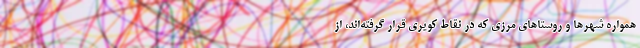
همواره شهر‌ها و روستا‌های مرزی که در نقاط کویری قرار گرفته‌اند، از